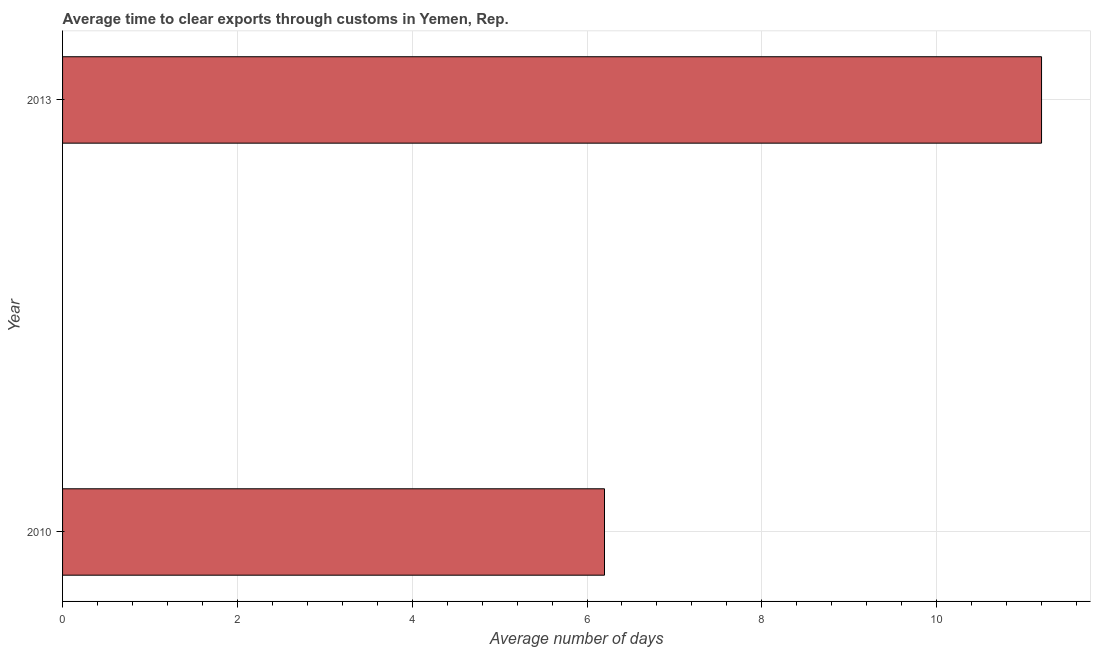
| Year | Time to clear exports through customs |
 | --- | --- |
 | 2010 | 6.2 |
 | 2013 | 11.2 |